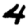
Digit: 4